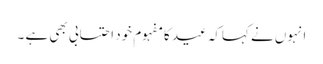
انہوں نے کہاکہ عید کا مفہوم خود احتسابی بھی ہے ۔